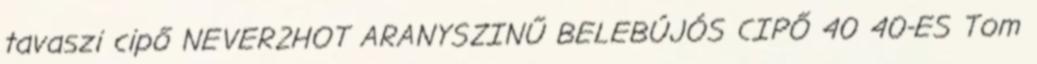
tavaszi cipő NEVER2HOT ARANYSZINŰ BELEBÚJÓS CIPŐ 40 40-ES Tom